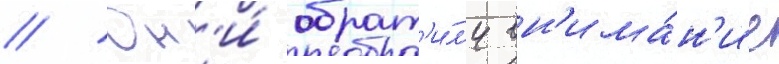
// Он'и́ обрат'и́л'и вн'има́н'ие